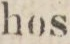
hos